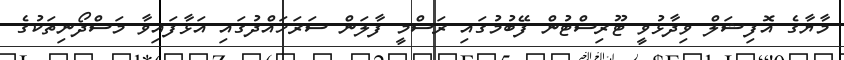
މާޔާގެ އޮފިޝަލް ވިދާޅުވީ ޓޫރިސްޓުން ފޭބުމުގައި ރަސްމީ ފާލަން ސަރަަހައްދުގައި އަޅާފައިވާ މަސްދޯނިތަކުގެ